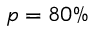
p = 8 0 \%